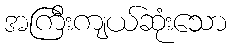
အကြီးကျယ်ဆုံးသော